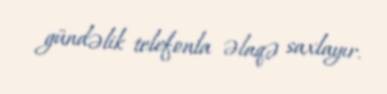
gündəlik telefonla əlaqə saxlayır.